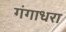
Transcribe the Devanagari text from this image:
गंगाधरा